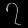
Digit: ၇